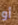
أو